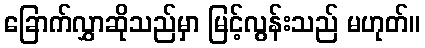
ခြောက်လွှာဆိုသည်မှာ မြင့်လွန်းသည် မဟုတ်။